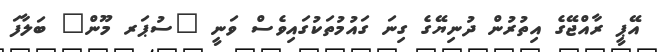
އޭޕީ ރާއްޖޭގެ އިތުރުން ދުނިޔޭގެ ގިނަ ގައުމުތަކުގައިވެސް ވަނީ "ސުޕަރ މޫން" ބަލާފަ